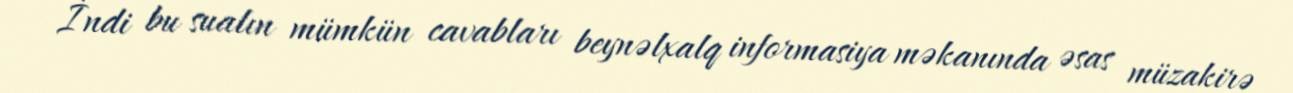
İndi bu sualın mümkün cavabları beynəlxalq informasiya məkanında əsas müzakirə